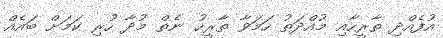
އުފެއްދި ތާރީހާއި މުއްދަތު ހަމަވާ ތާރީހު ނެތް މުދާ ހުރި ކަމަށް ބައެއް